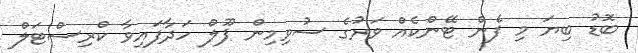
ބޮޑު ބިޔަ މި ފެން ޓޭންކެއް ވަރުގެ ސުވިމިން ޕޫލް ހަދާފައިވާ ކްރިސްޓަލް